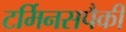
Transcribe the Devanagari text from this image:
टर्मिनसपैकी